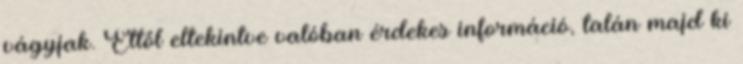
vágyjak. Ettől eltekintve valóban érdekes információ, talán majd ki